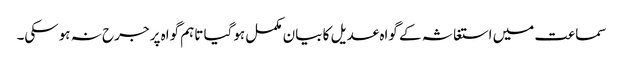
سماعت میں استغاثہ کے گواہ عدیل کا بیان مکمل ہوگیا تاہم گواہ پر جرح نہ ہوسکی۔